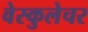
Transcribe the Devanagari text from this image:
वेस्कुलेचर